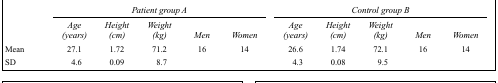
<table><thead><tr><td></td><td colspan="6"><b><i>Patient group A</i></b></td><td colspan="5"><b><i>Control group B</i></b></td></tr><tr><td></td><td><b><i>Age (years)</i></b></td><td><b><i>Height (cm)</i></b></td><td><b><i>Weight (kg)</i></b></td><td><b><i>Men</i></b></td><td><b><i>Women</i></b></td><td><b><i>Age (years)</i></b></td><td><b><i>Height (cm)</i></b></td><td><b><i>Weight (kg)</i></b></td><td><b><i>Men</i></b></td><td><b><i>Women</i></b></td></tr></thead><tbody><tr><td>Mean</td><td>27.1</td><td>1.72</td><td>71.2</td><td>16</td><td>14</td><td>26.6</td><td>1.74</td><td>72.1</td><td>16</td><td>14</td></tr><tr><td>SD</td><td>4.6</td><td>0.09</td><td>8.7</td><td></td><td></td><td>4.3</td><td>0.08</td><td>9.5</td><td></td><td></td></tr></tbody></table>